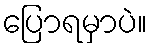
ပြောရမှာပဲ။